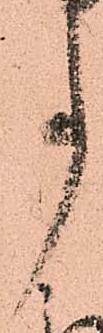
事